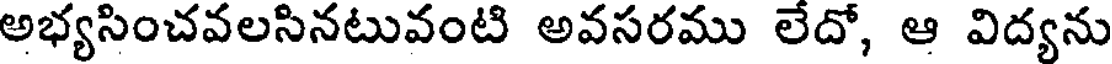
అభ్యసించవలసినటువంటి అవసరము లేదో, ఆ విద్యను